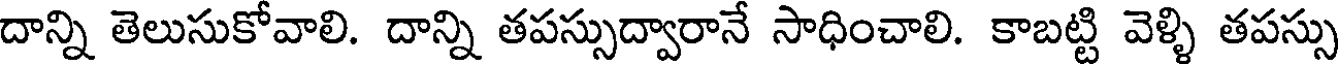
దాన్ని తెలుసుకోవాలి. దాన్ని తపస్సుద్వారానే సాధించాలి. కాబట్టి వెళ్ళి తపస్సు